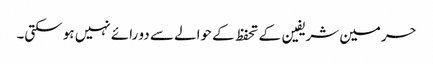
حرمین شریفین کے تحفظ کے حوالے سے دو رائے نہیں ہو سکتی۔